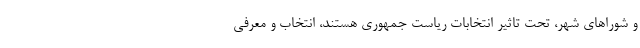
و شوراها‌ی شهر، تحت تاثیر انتخابات ریاست جمهوری هستند، انتخاب و معرفی